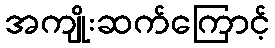
အကျိုးဆက်ကြောင့်